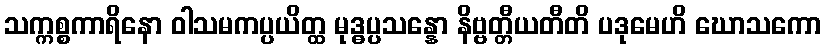
သက္ကစ္စကာရိနော ဝါသမကပ္ပယိတ္ထ မုဒ္ဓပ္ပသန္နော နိဗ္ဗတ္တီယတီတိ ပဒုမေဟိ ဃောသကော